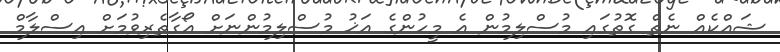
ޝައްކެއް ނެތް ގޮތުގައި މުސްލިމުން އެ މީހުންގެ އަޚު މުސްލިމުންނަށް އޯގާތެރިވުމަށް އިސްލާމް